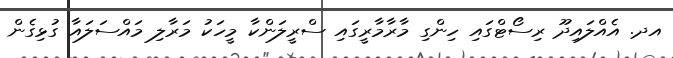
އދ. އެއްލައިދޫ ރިސޯޓްގައި ހިންގި މާރާމާރީގައި ސްރީލަންކާ މީހަކު މަރާލި މައްސަލައާ ގުޅިގެން